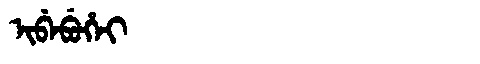
Manchu: ᡳᠪᡝᠪᡠᡥᡝᡳ
Romanization: IBEBUHEI